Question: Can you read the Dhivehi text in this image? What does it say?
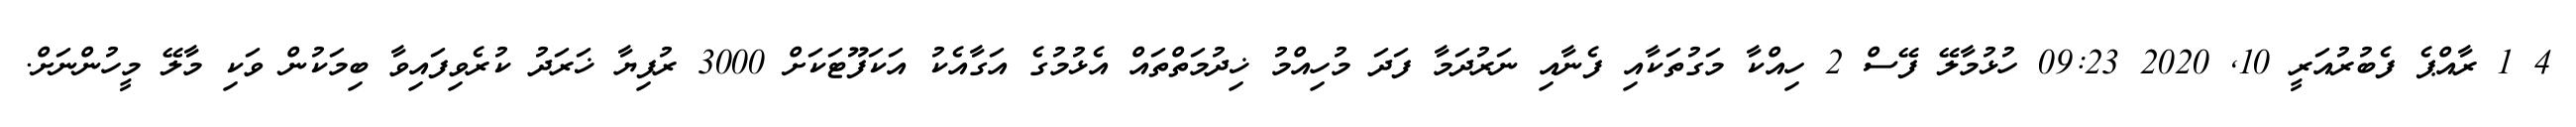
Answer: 4 1 ރާއްޕެ ފެބުރުއަރީ 10, 2020 09:23 ހުޅުމާލޭ ފޭސް 2 ހިއްކާ މަގުތަކާއި ފެނާއި ނަރުދަމާ ފަދަ މުހިއްމު ޚިދުމަތްތައް އެޅުމުގެ އަގާއެކު އަކަފޫޓަކަށް 3000 ރުފިޔާ ޚަރަދު ކުރެވިފައިވާ ބިމަކުން ވަކި މާލޭ މީހުންނަށް.